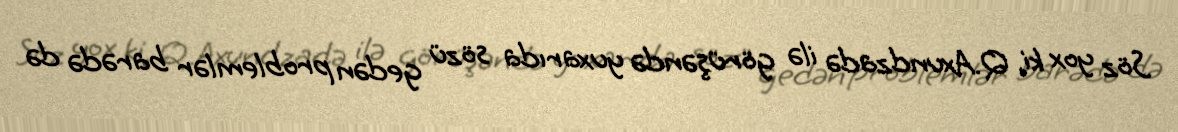
Söz yox ki, Q.Axundzadə ilə görüşəndə yuxarıda sözü gedən problemlər barədə də